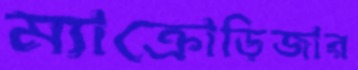
ম্যাক্রোড়িজার